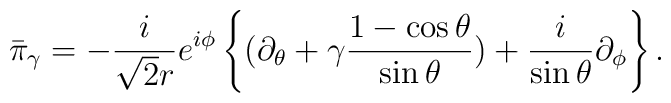
\bar{\pi}_{\gamma}=-\frac{i}{\sqrt{2}r}e^{i\phi}\left\{(\partial_{\theta}+\gamma\frac{1-\cos\theta}{\sin\theta})+\frac{i}{\sin\theta}\partial_{\phi}\right\}.